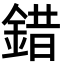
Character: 錯